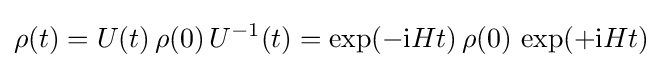
\rho (t)=U(t)\,\rho (0)\,U^{-1}(t)=\exp(-\mathrm {i} Ht)\,\rho (0)\,\exp(+\mathrm {i} Ht)